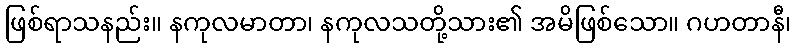
ဖြစ်ရာသနည်း။ နကုလမာတာ၊ နကုလသတို့သား၏ အမိဖြစ်သော။ ဂဟတာနီ၊